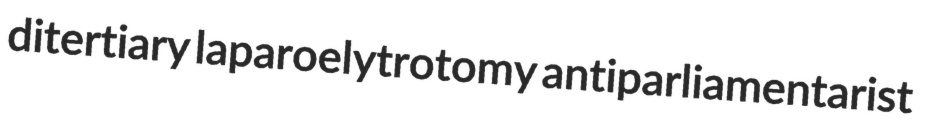
ditertiary laparoelytrotomy antiparliamentarist